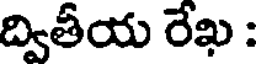
ద్వితీయ రేఖ :